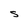
Character: S